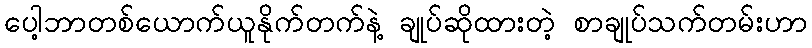
ပေါ့ဘာတစ်ယောက်ယူနိုက်တက်နဲ့ ချုပ်ဆိုထားတဲ့ စာချုပ်သက်တမ်းဟာ